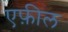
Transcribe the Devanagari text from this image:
एफ़ील